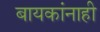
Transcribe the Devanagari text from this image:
बायकांनाही